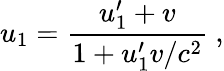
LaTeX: u_{1}={\frac{u_{1}^{\prime}+v}{1+u_{1}^{\prime}v/c^{2}}}\ ,